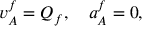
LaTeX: v _ { A } ^ { f } = Q _ { f } , \quad a _ { A } ^ { f } = 0 ,